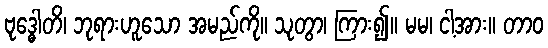
ဗုဒ္ဓေါတိ၊ ဘုရားဟူသော အမည်ကို။ သုတွာ၊ ကြား၍။ မမ၊ ငါ့အား။ တာဝ